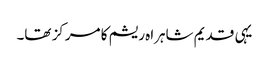
یہی قدیم شاہراہ ریشم کا مرکز تھا۔